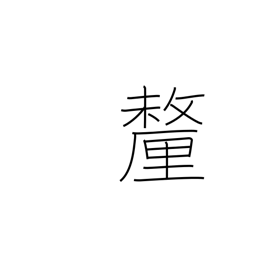
Meaning: tenth of a bu